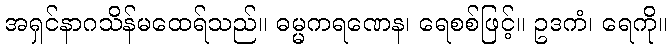
အရှင်နာဂသိန်မထေရ်သည်။ ဓမ္မကရဏေန၊ ရေစစ်ဖြင့်။ ဥဒကံ၊ ရေကို။